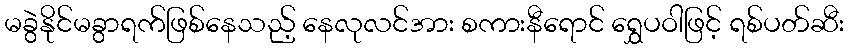
မခွဲနိုင်မခွာရက်ဖြစ်နေသည့် နေလုလင်အား စကားနီရောင် ရွှေပဝါဖြင့် ရစ်ပတ်ဆီး